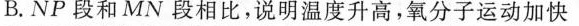
B.NP段和MN段相比，说明温度升高，氧分子运动加快